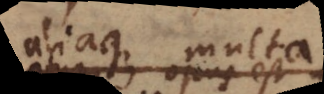
aliaque multa.